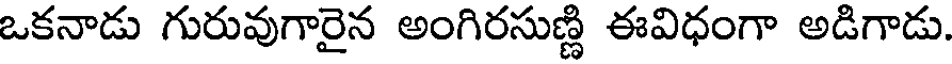
ఒకనాడు గురువుగారైన అంగిరసుణ్ణి ఈవిధంగా అడిగాడు.